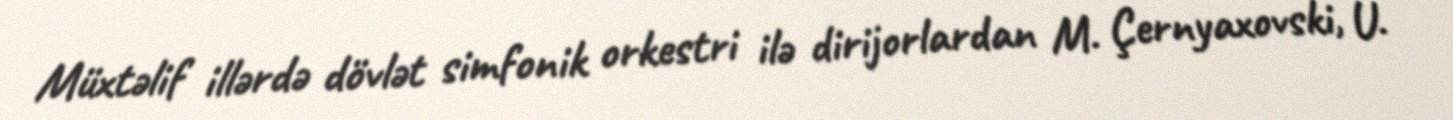
Müxtəlif illərdə dövlət simfonik orkestri ilə dirijorlardan M. Çernyaxovski, U.